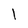
Character: 1